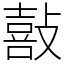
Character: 敼